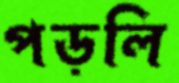
পড়লি